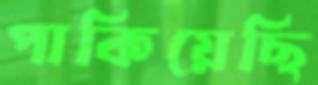
পাকিয়েছি